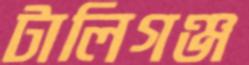
টালিগঞ্জ